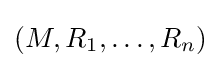
(M,R_{1},\ldots ,R_{n})